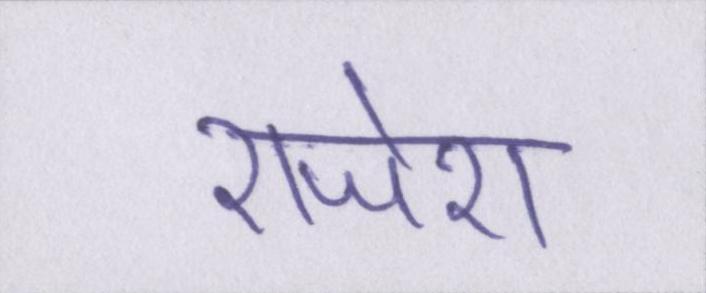
राजेश